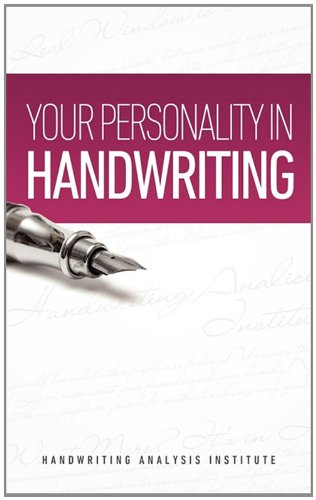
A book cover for Your Personality in Handwriting (Handwriting Analysis Guide); Self-Help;